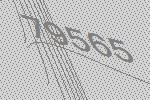
79565